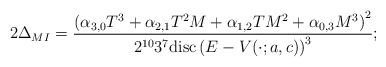
\begin{align*}2\Delta_{MI}=\frac{\left(\alpha_{3,0}T^3+\alpha_{2,1}T^2M+\alpha_{1,2}TM^2+\alpha_{0,3}M^3\right)^2}{2^{10}3^7{\rm disc}\left(E-V(\cdot;a,c)\right)^3};\end{align*}